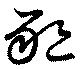
懇